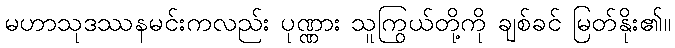
မဟာသုဒဿနမင်းကလည်း ပုဏ္ဏား သူကြွယ်တို့ကို ချစ်ခင် မြတ်နိုး၏။